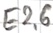
Text: E2.6